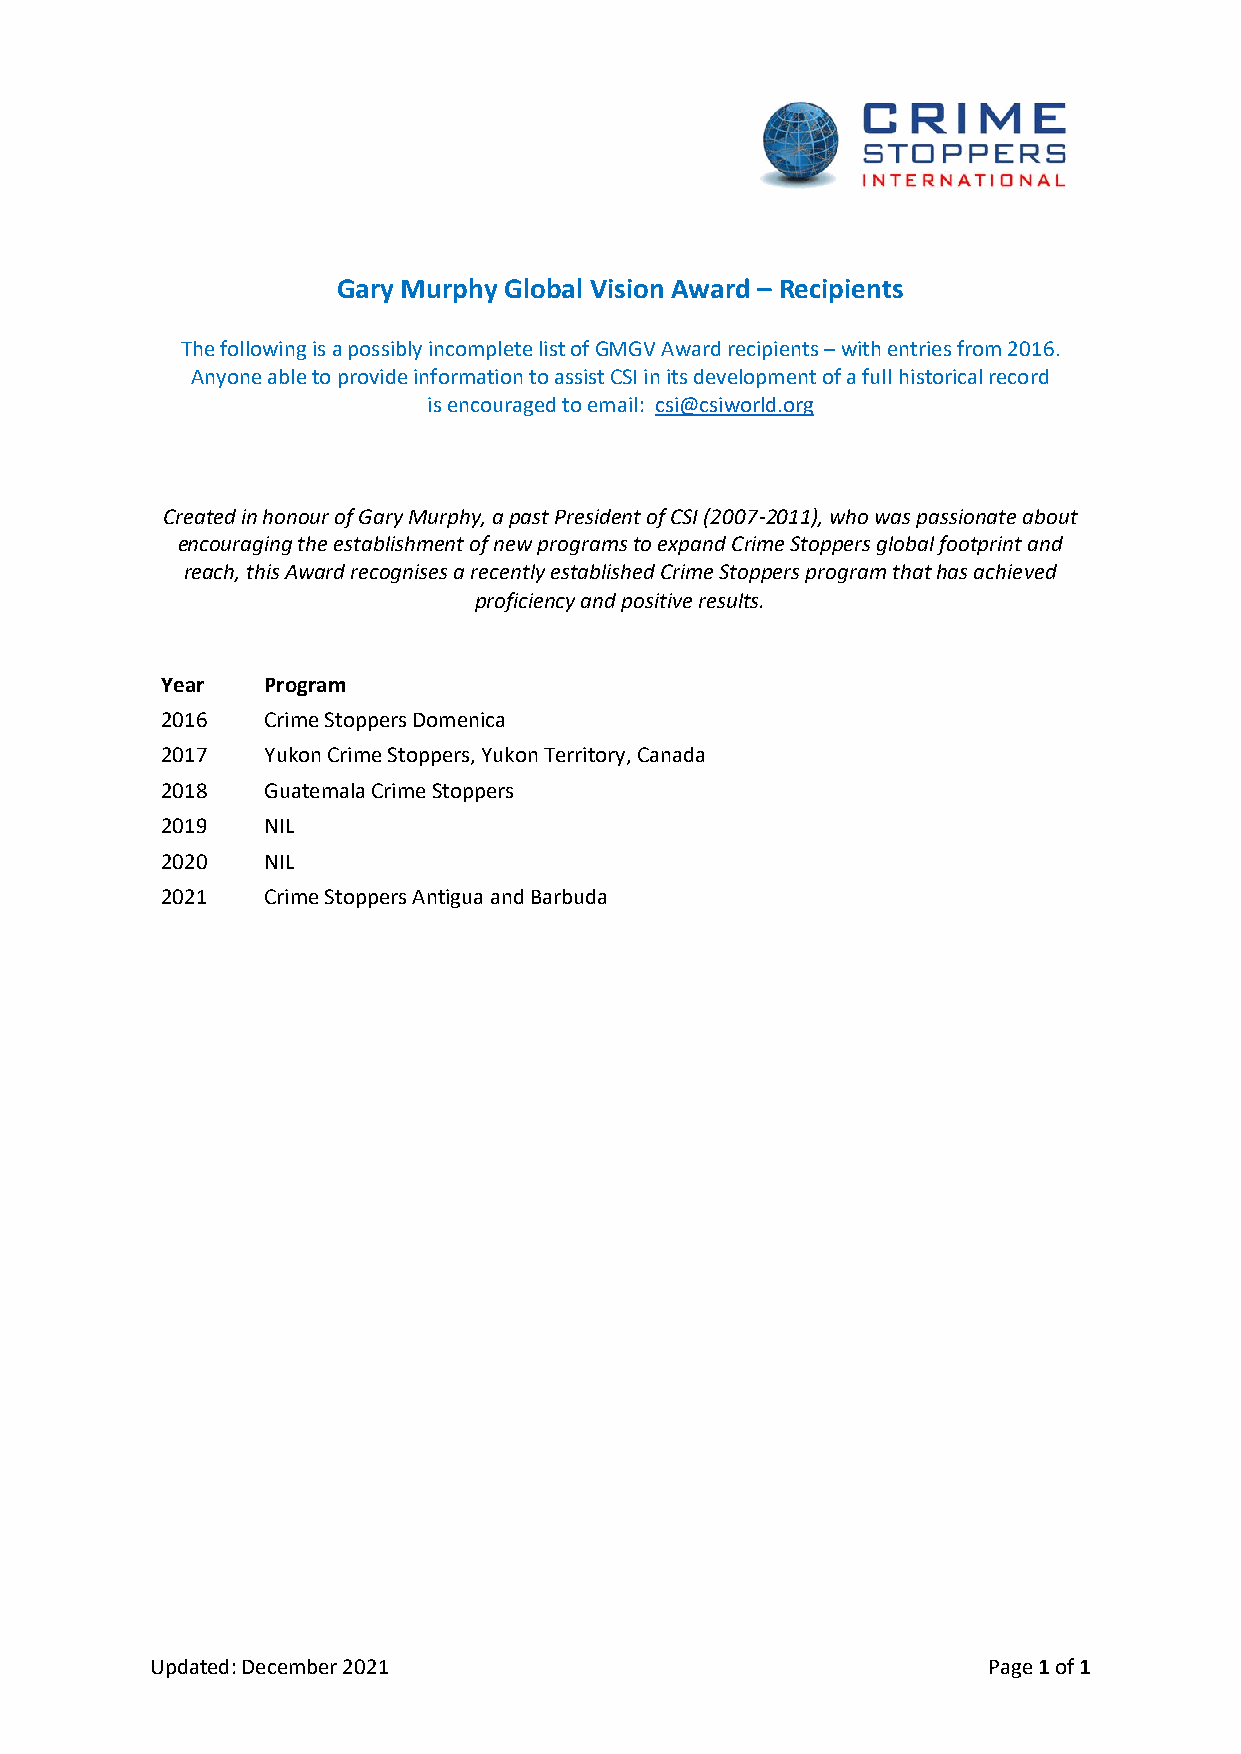
Gary Murphy Global Vision Award – Recipients
 The following is a possibly incomplete list of GMGV Award recipients – with entries from 2016.
 Anyone able to provide information to assist CSI in its development of a full historical record
 is encouraged to email: csi@csiworld.org
 Created in honour of Gary Murphy, a past President of CSI (2007-2011), who was passionate about
 encouraging the establishment of new programs to expand Crime Stoppers global footprint and
 reach, this Award recognises a recently established Crime Stoppers program that has achieved
 proficiency and positive results.
 Year  Program
 2016  Crime Stoppers Domenica
 2017  Yukon Crime Stoppers, Yukon Territory, Canada
 2018  Guatemala Crime Stoppers
 2019  NIL
 2020  NIL
 2021  Crime Stoppers Antigua and Barbuda
 Updated: December 2021                                 Page 1 of 1